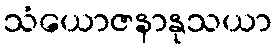
သံယောဇနာနုသယာ